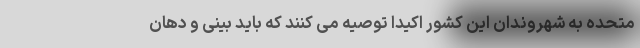
متحده به شهروندان این کشور اکیدا توصیه می کنند که باید بینی و دهان